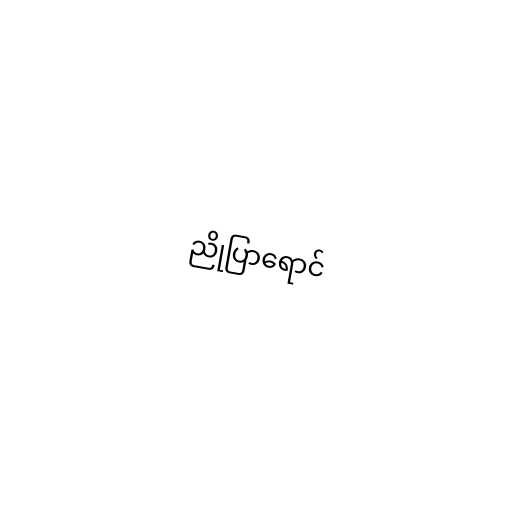
ညိုပြာရောင်